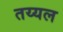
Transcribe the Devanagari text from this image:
तय्यल